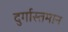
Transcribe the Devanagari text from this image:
दुर्गास्तमान